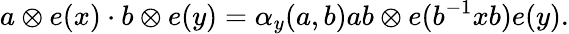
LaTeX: a\otimes e(x)\cdot b\otimes e(y)=\alpha_{y}(a,b)ab\otimes e(b^{-1}xb)e(y).